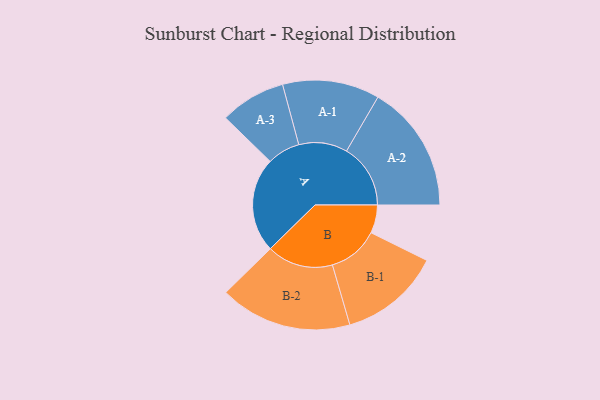
{"axis": {"x": "Segment", "y": "Value"}, "legend": ["", "A", "B"], "data": [{"x": "A", "y": 424, "type": ""}, {"x": "B", "y": 126, "type": ""}, {"x": "A-1", "y": 217, "type": "A"}, {"x": "A-2", "y": 286, "type": "A"}, {"x": "A-3", "y": 147, "type": "A"}, {"x": "B-1", "y": 227, "type": "B"}, {"x": "B-2", "y": 296, "type": "B"}]}